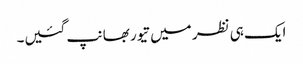
ایک ہی نظر میں تیور بھانپ گئیں۔